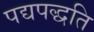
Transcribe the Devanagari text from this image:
पद्यपद्धति